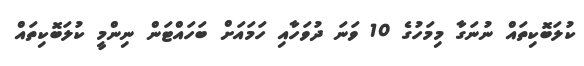
ކުލަބޮކިތައް ނުނަގާ މިމަހުގެ 10 ވަނަ ދުވަހާއި ހަމައަަށް ބަހައްޓަން ނިންމީ ކުލަބޮކިތައް